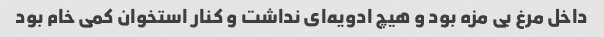
داخل مرغ بی مزه بود و هیچ ادویه‌ای نداشت و کنار استخوان کمی خام بود